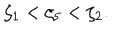
\zeta _ { 1 } < \zeta _ { 5 } < \zeta _ { 2 } .